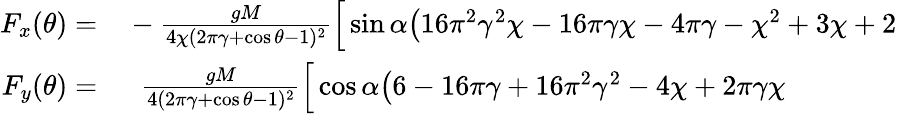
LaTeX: \begin{array}{rl}{F_{x}(\theta)=}&{{}-\frac{gM}{4\chi(2\pi\gamma+\cos\theta-1)^{2}}\Big[\sin\alpha\big(16\pi^{2}\gamma^{2}\chi-16\pi\gamma\chi-4\pi\gamma-\chi^{2}+3\chi+2}\\ {F_{y}(\theta)=}&{{}\; \; \frac{gM}{4(2\pi\gamma+\cos\theta-1)^{2}}\Big[\cos\alpha\big(6-16\pi\gamma+16\pi^{2}\gamma^{2}-4\chi+2\pi\gamma\chi}\end{array}